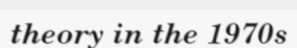
theory in the 1970s